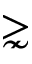
\gnsim